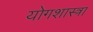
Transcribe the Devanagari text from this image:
योगशास्त्रा